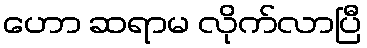
ဟော ဆရာမ လိုက်လာပြီ